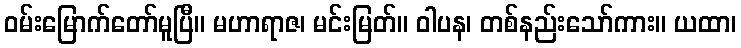
ဝမ်းမြောက်တော်မူပြီ။ မဟာရာဇ၊ မင်းမြတ်။ ဝါပန၊ တစ်နည်းသော်ကား။ ယထာ၊